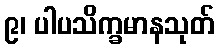
၉၊ ပါပသိက္ခမာနသုတ်